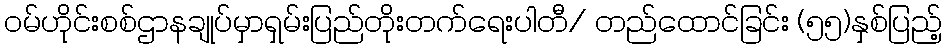
ဝမ်ဟိုင်းစစ်ဌာနချုပ်မှာရှမ်းပြည်တိုးတက်ရေးပါတီ/ တည်ထောင်ခြင်း (၅၅)နှစ်ပြည့်